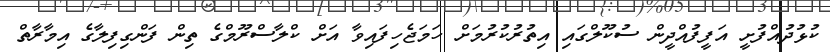
ކުޅުދުއްފުށީ އަފީފުއްދީން ސުކޫލްގައި އިތުރުކުރުމަށް ހަމަޖެހިފައިވާ އަށް ކްލާސްރޫމްގެ ތިން ފަންގިފިލާގެ އިމާރާތް